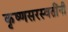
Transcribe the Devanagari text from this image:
कृष्णसरस्वतींनी